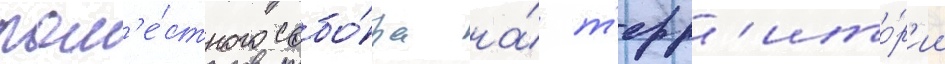
пом'е́стного собо́ра на́ т'ерр'ито́р'ии